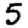
Digit: 5